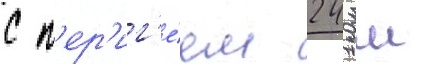
с п'ер'иг'е́ем 241 км